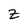
Character: z